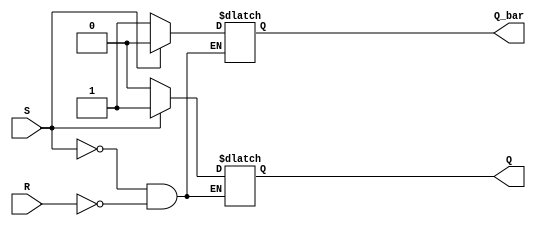
module sr_latch (
    input S,
    input R,
    output reg Q,
    output reg Q_bar
);

always @ (S, R)
begin
    if (S)
    begin
        Q <= 1;
        Q_bar <= 0;
    end
    else if (R)
    begin
        Q <= 0;
        Q_bar <= 1;
    end
end

endmodule